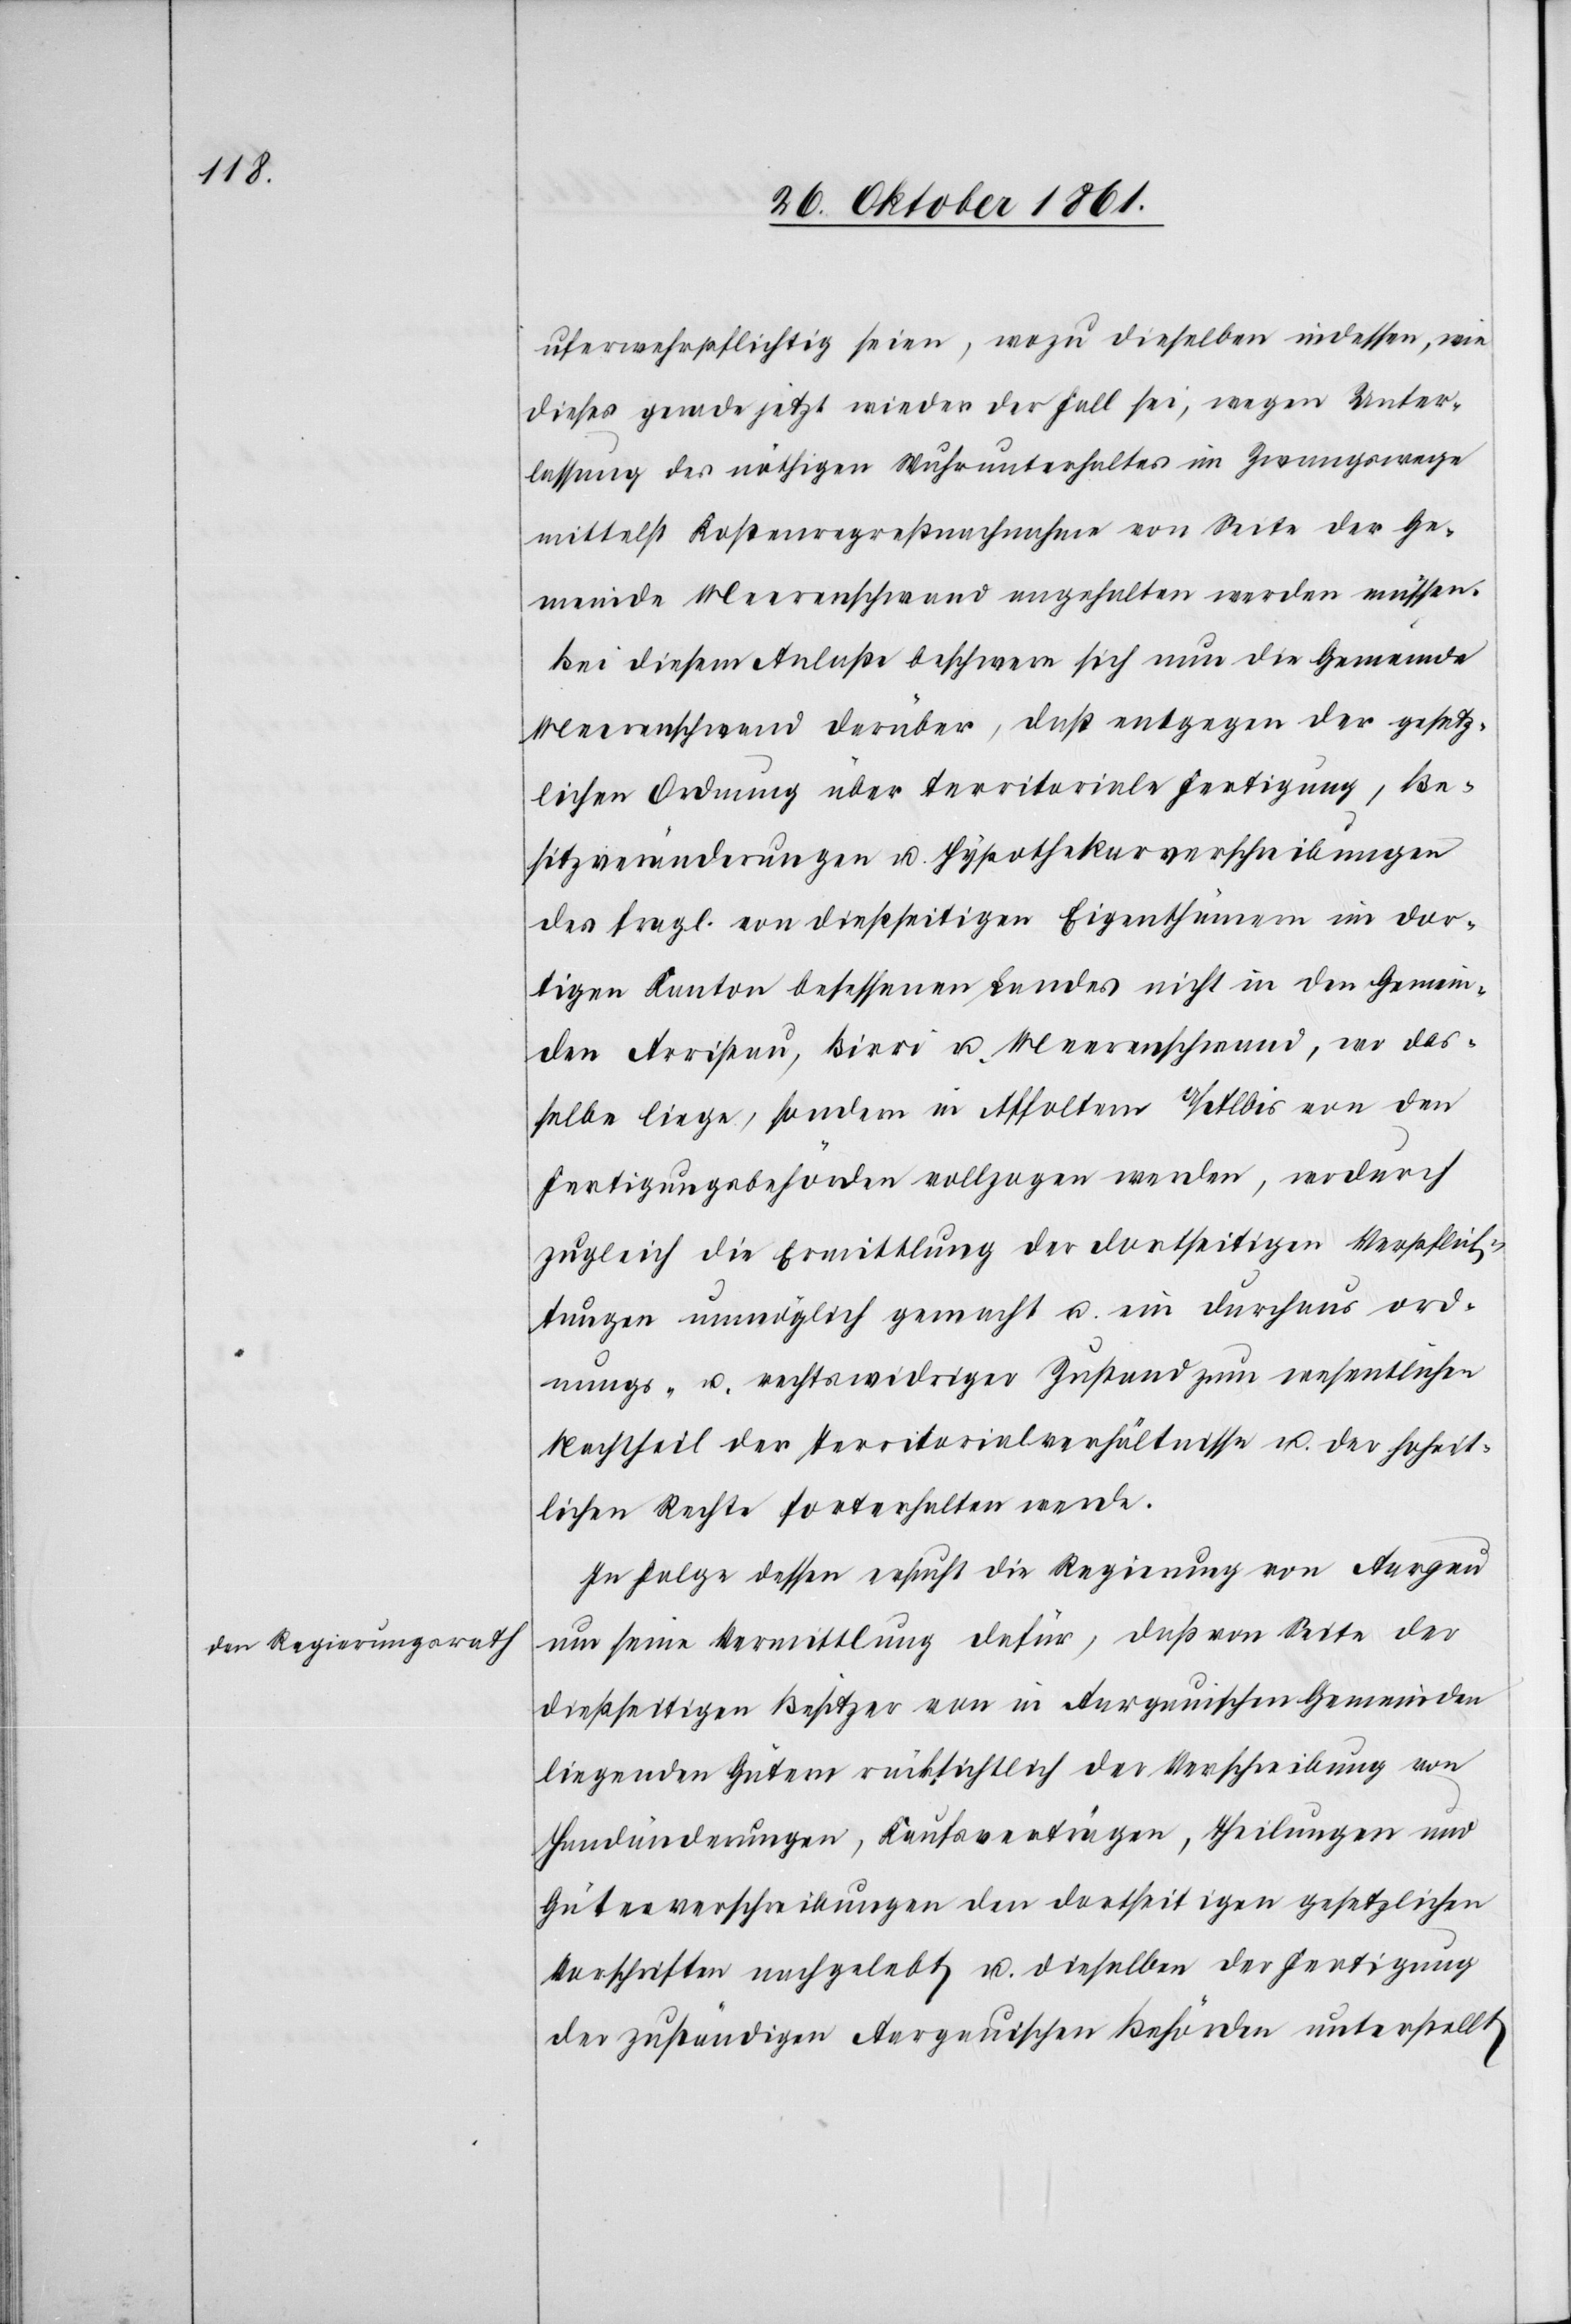
den Regierungsrath

uferwehrpflichtig seien, wozu dieselben indessen, wie
dieses gerade jetzt wieder der Fall sei, wegen Unter¬
lassung des nöthigen Wuhrunterhaltes im Zwangswege
mittelst Kostenregreßnachnahme von Seite der Ge¬
meinde Meerenschwand angehalten werden müssen.
Bei diesem Anlasse beschweren sich nun die Gemeinde
Meerenschwand darüber, daß entgegen der gesetz¬
lichen Ordnung über territoriale Fertigung, Be¬
sitzänderungen u. Hypothekarverschiebungen
des fragl. von dießseitigen Eigenthümern im dor¬
tigen Kanton besessenen Landes nicht in den Gemein¬
den Arristau Birri u. Meerenschwand, wo das¬
selbe liege, sondern in Affoltern a/Albis von den
Fertigungsbehörden vollzogen werden, wodurch
zugleich die Ermittlung der dortseitigen Verpflich¬
tungen unumgänglich gemacht u. ein durchaus ord¬
nungs- u. rechtswidriger Zustand zum wesentlichen
Nachtheil der Territorialverhältnisse u. der hoheit¬
lichen Rechte forterhalten werde.
In Folge dessen ersucht die Regierung von Aargau
um seine Vermittlung dafür, daß von Seite der
dießseitigen Besitzer von in Aargauischen Gemeinden
liegenden Gütern rücksichtlich der Verschiebung von
Handänderungen, Kaufsverträgen, Theilungen und
Güterverschiebungen den dortseitigen gesetzlichen
Vorschriften nachgelebt u. dieselben, der Fertigung
der zuständigen Aargauischen Behörden unterstellt